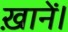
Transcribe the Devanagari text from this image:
ख़ानें।